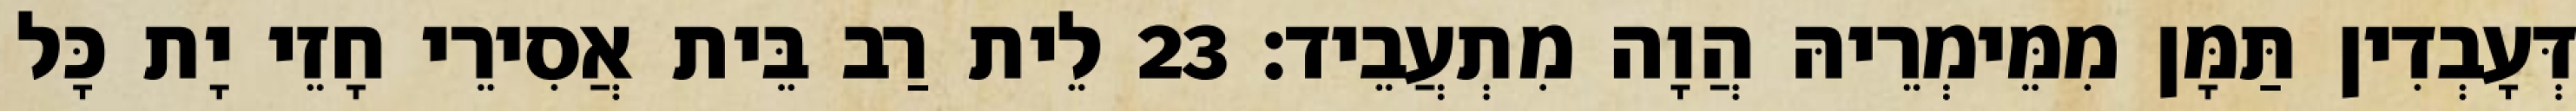
דְּעָבְדִין תַּמָּן מִמֵּימְרֵיהּ הֲוָה מִתְעֲבֵיד׃ 23 לֵית רַב בֵּית אֲסִירֵי חָזֵי יָת כָּל